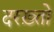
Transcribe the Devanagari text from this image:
दरख़्तो